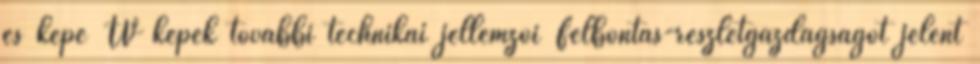
és képe TV képek további technikai jellemzői Felbontás-részletgazdagságot jelent